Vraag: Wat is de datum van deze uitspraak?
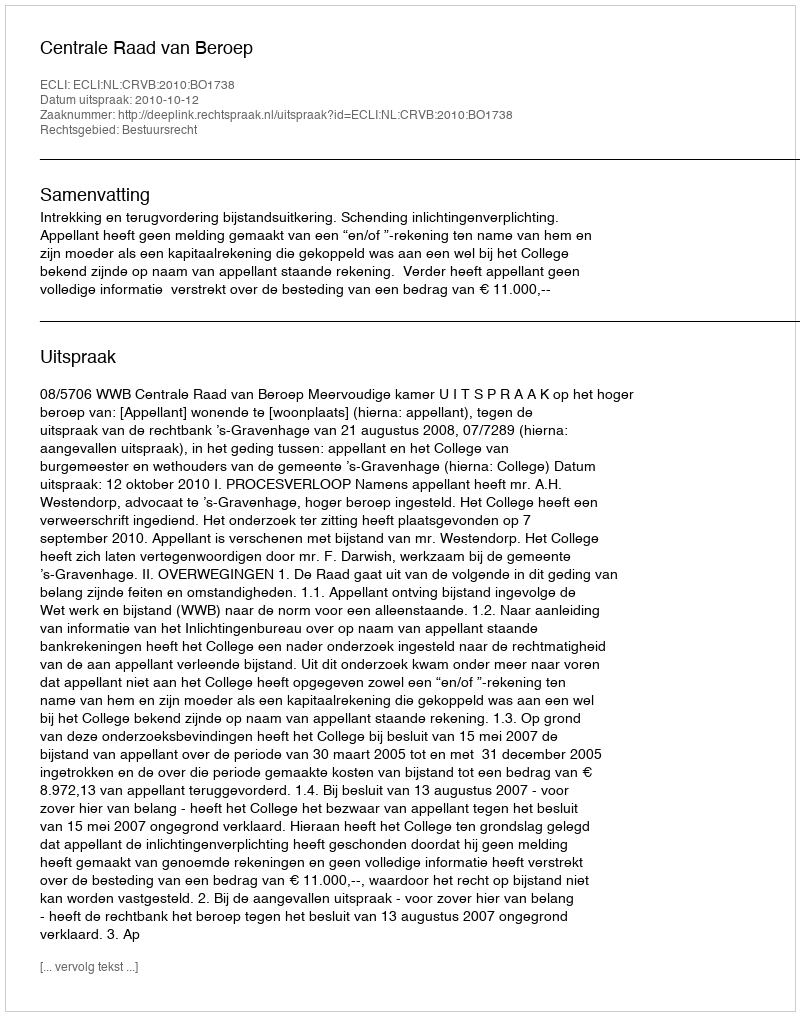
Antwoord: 2010-10-12